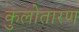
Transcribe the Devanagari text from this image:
कुलोतारण